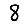
Digit: 8